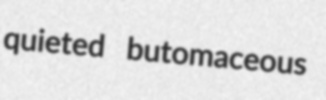
quieted butomaceous